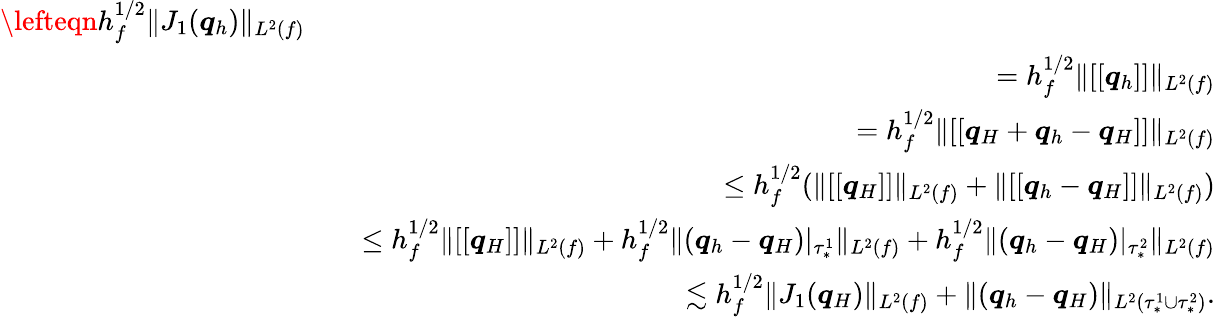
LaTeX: \begin{array}{rlr}{\lefteqn{h_{f}^{1/2}\| J_{1}(\boldsymbol{q}_{h})\| _{L^{2}(f)}}}\\ &{}&{=h_{f}^{1/2}\| [[\boldsymbol{q}_{h}]]\| _{L^{2}(f)}}\\ &{}&{=h_{f}^{1/2}\| [[\boldsymbol{q}_{H}+\boldsymbol{q}_{h}-\boldsymbol{q}_{H}]]\| _{L^{2}(f)}}\\ &{}&{\leq h_{f}^{1/2}(\| [[\boldsymbol{q}_{H}]]\| _{L^{2}(f)}+\| [[\boldsymbol{q}_{h}-\boldsymbol{q}_{H}]]\| _{L^{2}(f)})}\\ &{}&{\leq h_{f}^{1/2}\| [[\boldsymbol{q}_{H}]]\| _{L^{2}(f)}+h_{f}^{1/2}\| (\boldsymbol{q}_{h}-\boldsymbol{q}_{H})\vert_{\tau_{*}^{1}}\| _{L^{2}(f)}+h_{f}^{1/2}\| (\boldsymbol{q}_{h}-\boldsymbol{q}_{H})\vert_{\tau_{*}^{2}}\| _{L^{2}(f)}}\\ &{}&{\lesssim h_{f}^{1/2}\| J_{1}(\boldsymbol{q}_{H})\| _{L^{2}(f)}+\| (\boldsymbol{q}_{h}-\boldsymbol{q}_{H})\| _{L^{2}(\tau_{*}^{1}\cup\tau_{*}^{2})}.}\end{array}